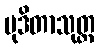
မုဒိတာသုတ္တ